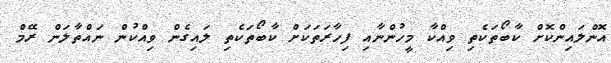
އޮންލައިންކޮށް ކާބޯތަކެތި ވިއްކާ މީހުންނާއި ފިހާރަތަކަށް ކާބޯތަކެތި ލައިގެން ވިއްކުން ނައްތާލަން ރޭމް